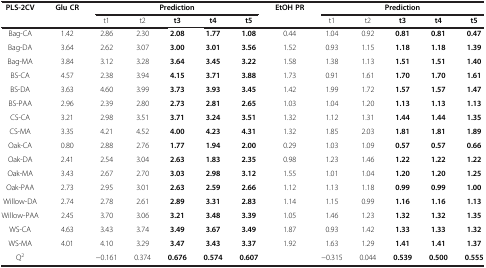
<table><thead><tr><td><b>PLS-2CV</b></td><td><b>Glu CR</b></td><td colspan="5"><b>Prediction</b></td><td><b>EtOH PR</b></td><td colspan="5"><b>Prediction</b></td></tr><tr><td><b> </b></td><td><b> </b></td><td><b>t1</b></td><td><b>t2</b></td><td><b>t3</b></td><td><b>t4</b></td><td><b>t5</b></td><td><b> </b></td><td><b>t1</b></td><td><b>t2</b></td><td><b>t3</b></td><td><b>t4</b></td><td><b>t5</b></td></tr></thead><tbody><tr><td>Bag-CA</td><td>1.42</td><td>2.86</td><td>2.30</td><td><b>2.08</b></td><td><b>1.77</b></td><td><b>1.08</b></td><td>0.44</td><td>1.04</td><td>0.92</td><td><b>0.81</b></td><td><b>0.81</b></td><td><b>0.47</b></td></tr><tr><td>Bag-DA</td><td>3.64</td><td>2.62</td><td>3.07</td><td><b>3.00</b></td><td><b>3.01</b></td><td><b>3.56</b></td><td>1.52</td><td>0.93</td><td>1.15</td><td><b>1.18</b></td><td><b>1.18</b></td><td><b>1.39</b></td></tr><tr><td>Bag-MA</td><td>3.84</td><td>3.12</td><td>3.28</td><td><b>3.64</b></td><td><b>3.45</b></td><td><b>3.22</b></td><td>1.58</td><td>1.38</td><td>1.13</td><td><b>1.51</b></td><td><b>1.51</b></td><td><b>1.40</b></td></tr><tr><td>BS-CA</td><td>4.57</td><td>2.38</td><td>3.94</td><td><b>4.15</b></td><td><b>3.71</b></td><td><b>3.88</b></td><td>1.73</td><td>0.91</td><td>1.61</td><td><b>1.70</b></td><td><b>1.70</b></td><td><b>1.61</b></td></tr><tr><td>BS-DA</td><td>3.63</td><td>4.60</td><td>3.99</td><td><b>3.73</b></td><td><b>3.93</b></td><td><b>3.45</b></td><td>1.42</td><td>1.99</td><td>1.72</td><td><b>1.57</b></td><td><b>1.57</b></td><td><b>1.47</b></td></tr><tr><td>BS-PAA</td><td>2.96</td><td>2.39</td><td>2.80</td><td><b>2.73</b></td><td><b>2.81</b></td><td><b>2.65</b></td><td>1.03</td><td>1.04</td><td>1.20</td><td><b>1.13</b></td><td><b>1.13</b></td><td><b>1.13</b></td></tr><tr><td>CS-CA</td><td>3.21</td><td>2.98</td><td>3.51</td><td><b>3.71</b></td><td><b>3.24</b></td><td><b>3.51</b></td><td>1.32</td><td>1.12</td><td>1.31</td><td><b>1.44</b></td><td><b>1.44</b></td><td><b>1.35</b></td></tr><tr><td>CS-MA</td><td>3.35</td><td>4.21</td><td>4.52</td><td><b>4.00</b></td><td><b>4.23</b></td><td><b>4.31</b></td><td>1.32</td><td>1.85</td><td>2.03</td><td><b>1.81</b></td><td><b>1.81</b></td><td><b>1.89</b></td></tr><tr><td>Oak-CA</td><td>0.80</td><td>2.88</td><td>2.76</td><td><b>1.77</b></td><td><b>1.94</b></td><td><b>2.00</b></td><td>0.29</td><td>1.03</td><td>1.09</td><td><b>0.57</b></td><td><b>0.57</b></td><td><b>0.66</b></td></tr><tr><td>Oak-DA</td><td>2.41</td><td>2.54</td><td>3.04</td><td><b>2.63</b></td><td><b>1.83</b></td><td><b>2.35</b></td><td>0.98</td><td>1.23</td><td>1.46</td><td><b>1.22</b></td><td><b>1.22</b></td><td><b>1.22</b></td></tr><tr><td>Oak-MA</td><td>3.43</td><td>2.67</td><td>2.70</td><td><b>3.03</b></td><td><b>2.98</b></td><td><b>3.12</b></td><td>1.55</td><td>1.01</td><td>1.04</td><td><b>1.20</b></td><td><b>1.20</b></td><td><b>1.25</b></td></tr><tr><td>Oak-PAA</td><td>2.73</td><td>2.95</td><td>3.01</td><td><b>2.63</b></td><td><b>2.59</b></td><td><b>2.66</b></td><td>1.12</td><td>1.13</td><td>1.18</td><td><b>0.99</b></td><td><b>0.99</b></td><td><b>1.00</b></td></tr><tr><td>Willow-DA</td><td>2.74</td><td>2.78</td><td>2.61</td><td><b>2.89</b></td><td><b>3.31</b></td><td><b>2.83</b></td><td>1.14</td><td>1.15</td><td>0.99</td><td><b>1.16</b></td><td><b>1.16</b></td><td><b>1.13</b></td></tr><tr><td>Willow-PAA</td><td>2.45</td><td>3.70</td><td>3.06</td><td><b>3.21</b></td><td><b>3.48</b></td><td><b>3.39</b></td><td>1.05</td><td>1.46</td><td>1.23</td><td><b>1.32</b></td><td><b>1.32</b></td><td><b>1.35</b></td></tr><tr><td>WS-CA</td><td>4.63</td><td>3.43</td><td>3.74</td><td><b>3.49</b></td><td><b>3.67</b></td><td><b>3.49</b></td><td>1.87</td><td>0.93</td><td>1.42</td><td><b>1.33</b></td><td><b>1.33</b></td><td><b>1.32</b></td></tr><tr><td>WS-MA</td><td>4.01</td><td>4.10</td><td>3.29</td><td><b>3.47</b></td><td><b>3.43</b></td><td><b>3.37</b></td><td>1.92</td><td>1.63</td><td>1.29</td><td><b>1.41</b></td><td><b>1.41</b></td><td><b>1.37</b></td></tr><tr><td>Q<sup>2</sup></td><td> </td><td>−0.161</td><td>0.374</td><td><b>0.676</b></td><td><b>0.574</b></td><td><b>0.607</b></td><td> </td><td>−0.315</td><td>0.044</td><td><b>0.539</b></td><td><b>0.500</b></td><td><b>0.555</b></td></tr></tbody></table>